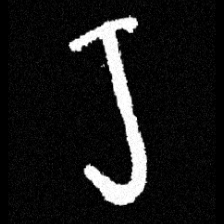
Pyu character \u2014 Myanmar letter: ရ (romanized: ra)